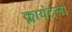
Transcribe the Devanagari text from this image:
क्लायंटला